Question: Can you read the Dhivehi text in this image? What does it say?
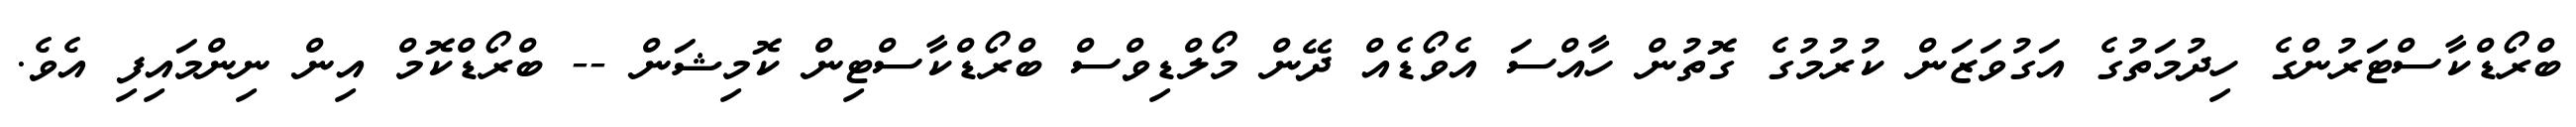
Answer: ބްރޯޑްކާސްޓަރުންގެ ހިދުމަތުގެ އަގުވަޒަން ކުރުމުގެ ގޮތުން ހާއްސަ އެވޯޑެއް ދޭން މޯލްޑިވްސް ބްރޯޑްކާސްޓިން ކޮމިޝަން -- ބްރޯޑްކޮމް އިން ނިންމައިފި އެވެ.